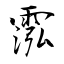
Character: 霐